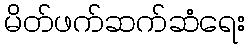
မိတ်ဖက်ဆက်ဆံရေး